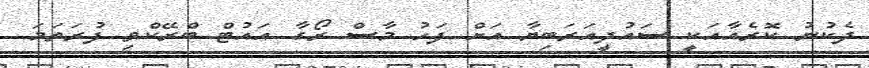
ދެކުނު ކޮރެއާއަކީ ސައުދީއަރަބިޔާ އަށް ފަހު މާސް ރޯގާ އައުޓް ބްރޭކްވި ފުރަތަމަ